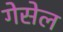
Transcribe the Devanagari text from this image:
गेसेल